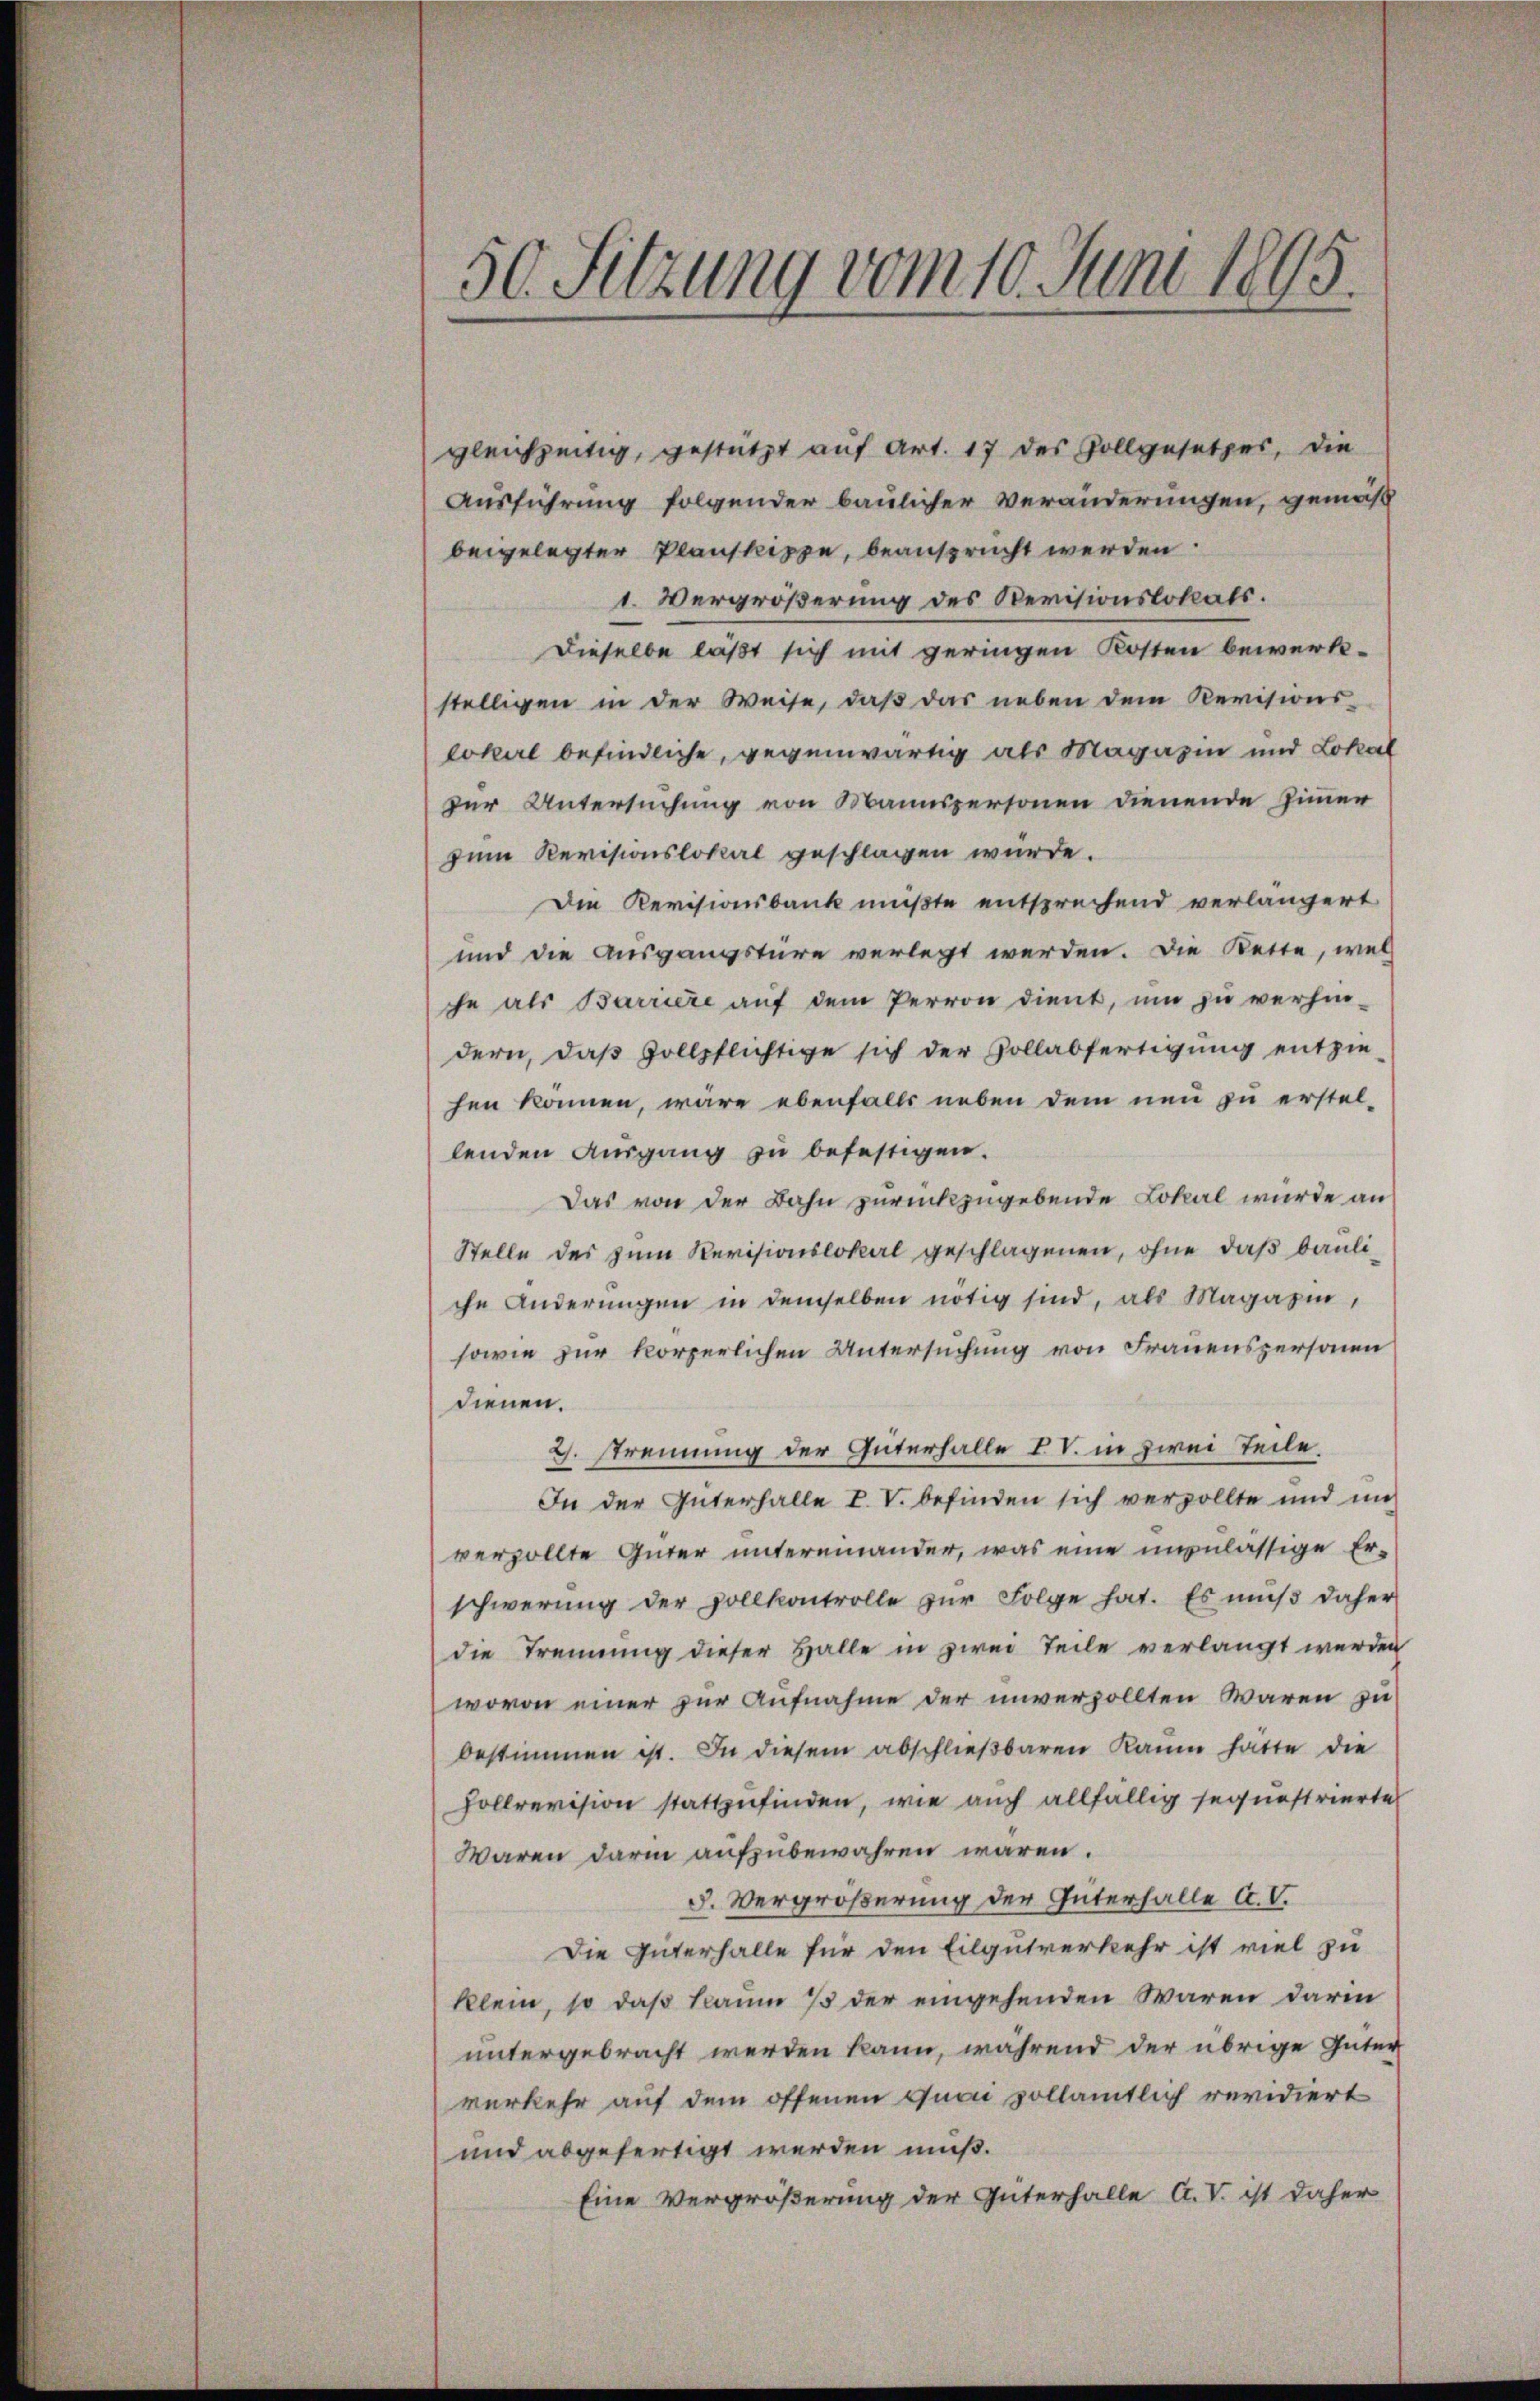
1
50. Sitzung vom 10. Juni 1890.

gleichzeitig, gestützt auf Art. 17 des Zollgesetzes, die
Ausführung folgender baulicher Veränderungen, gemäß
beigelegter Planskippe, beansprucht werden.
1. Vergrößerung des Revisionslokals.
Dieselbe läßt sich mit geringen Kosten bewerkstelligen in der Weise, daß das neben dem Revisions-
Lokerl befindliche, gegenwärtig als Magazin und Lokal
zur Untersuchung von Mannspersonen dienende Zimmer
zum Revisionslokal geschlagen würde.
Die Revisionsbank mußte entsprechend verlängert
und die Ausgangstüre verlegt werden. Die Bette, wel
che als Barriere auf dem Perron dient, um zu verhin-
dern, daβ Gollpflichtige sich der Zollabfertigŭng entzie
hen können, wäre ebenfalls neben dem neu zu erstel-
lenden Ausgang zu befestigen.
Das von der Bahn zurückzugebende Lokal wurde an
Stelle des zum Revisionslokal geschlagenen, ohne daß bauliche Änderungen in demselben nötig sind, als Magazin,
sowie zur körperlichen Untersuchung von Frauenspersonen
dienen.
G. strennung der Güterfalle IV. in zwei Teile.
In der Güterhalle V. V. befinden sich verzollte und mi
verzollte Güter untereinander, was eine unzulässige Erschwerung der vollkontrolle zŭr Folge hat. Es mŭβ daher
die Trennung dieser Halle in zwei Teile verlangt werden
wovon einer zur Aufnahme der unverzollten Waren zu
bestimmen ist. In diesem abschlieβbaren Kaum hatte die
Hollrevision stattzufinden, wie auch allfällig sequestrierte
Waren darin aufzubewahren waren.
5. Vergrößerung der Güterfalle A. V.
Die Güterhalte für den Eilgutverkehr ist viel zu
klein, so daß kaum 3 der eingehenden Waren darin
untergebracht werden kann, während der übrige Güter
verkehr auf dem offenen Quai vollämtlich revidiert
und abgefertigt werden muß.
Eine Vergrößerung der Güterhalle A. V. ist daher